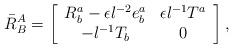
LaTeX: \begin{align*}\bar{R}^A_B = \left[\begin{array}{cc} R^a_b -\epsilon l^{-2} e^a_b & \epsilon l^{-1} T^a \\ -l^{-1} T_b & 0\end{array} \right],\end{align*}